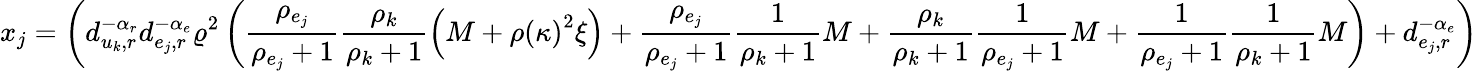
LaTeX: x_{j}=\left(d_{u_{k},r}^{-\alpha_{r}}d_{e_{j},r}^{-\alpha_{e}}\varrho^{2}\left(\frac{\rho_{e_{j}}}{\rho_{e_{j}}+1}\frac{\rho_{k}}{\rho_{k}+1}\left(M+\rho\left(\kappa\right)^{2}\xi\right)+\frac{\rho_{e_{j}}}{\rho_{e_{j}}+1}\frac{1}{\rho_{k}+1}M+\frac{\rho_{k}}{\rho_{k}+1}\frac{1}{\rho_{e_{j}}+1}M+\frac{1}{\rho_{e_{j}}+1}\frac{1}{\rho_{k}+1}M\right)+d_{e_{j},r}^{-\alpha_{e}}\right)